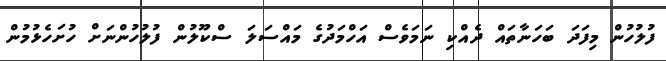
ފުލުހުން މިފަދަ ބަހަނާތައް ދެއްކި ނަމަވެސް އަހްމަދުގެ މައްސަލަ ސްކޫލުން ފުލުހުންނަށް ހުށަހެޅުމުން